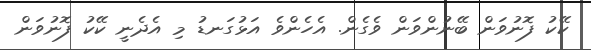
ކޭކު ފޮނުވަން ބޭނުންވަން ވެގެން. އެހެންވެ އަޅުގަނޑު މި އެދެނީ ކޭކު ފޮނުވަން